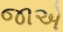
જાએ